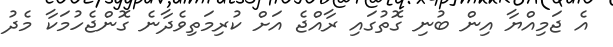
އެ ޖަމިއްޔާ އިން ބުނި ގޮތުގައި ރާއްޖެ އަށް ކުރިމަތިވެދާނެ ގޮންޖެހުމަކާ މެދު